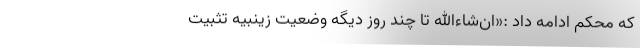
که محکم ادامه داد :«ان‌شاءالله تا چند روز دیگه وضعیت زینبیه تثبیت